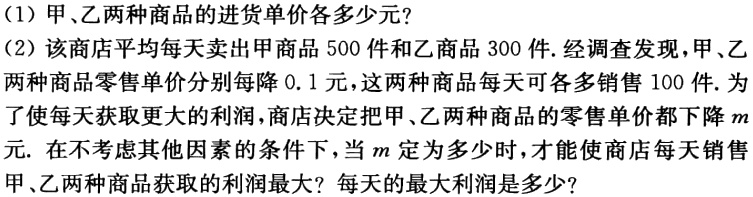
（1）甲、乙两种商品的进货单价各多少元？
（2）该商店平均每天卖出甲商品500件和乙商品300件. 经调查发现，甲、乙两种商品零售单价分别每降0.1元，这两种商品每天可各多销售100件. 为了使每天获取更大的利润，商店决定把甲、乙两种商品的零售单价都下降\(m\)元. 在不考虑其他因素的条件下，当\(m\)定为多少时，才能使商店每天销售甲、乙两种商品获取的利润最大？每天的最大利润是多少？